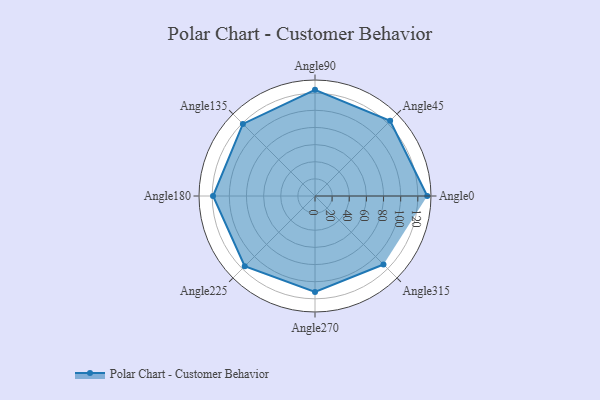
{"axis": {"x": "Angle", "y": "Radius"}, "legend": [""], "data": [{"x": "Angle0", "y": 131.0, "type": ""}, {"x": "Angle45", "y": 124.0, "type": ""}, {"x": "Angle90", "y": 124.0, "type": ""}, {"x": "Angle135", "y": 119.0, "type": ""}, {"x": "Angle180", "y": 119.0, "type": ""}, {"x": "Angle225", "y": 116.0, "type": ""}, {"x": "Angle270", "y": 112.0, "type": ""}, {"x": "Angle315", "y": 113.0, "type": ""}]}